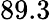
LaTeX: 89.3